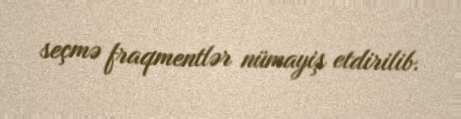
seçmə fraqmentlər nümayiş etdirilib.